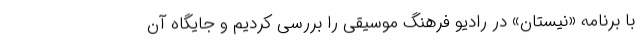
با برنامه «نیستان» در رادیو فرهنگ موسیقی را بررسی کردیم و جایگاه آن